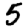
Digit: 5